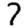
Digit: 7